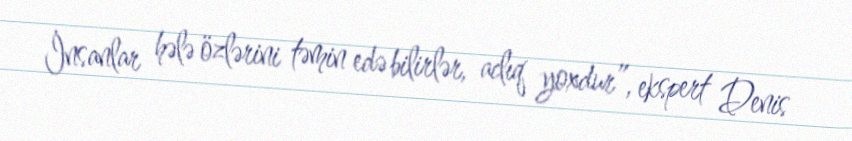
İnsanlar hələ özlərini təmin edə bilirlər, aclıq yoxdur”, ekspert Denis